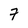
Character: 7